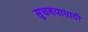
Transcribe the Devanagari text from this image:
सुचण्यासाठी